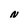
Character: N